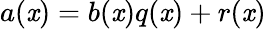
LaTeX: a(\mathit{x})=b(\mathit{x})q(\mathit{x})+r(\mathit{x})